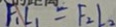
F _ { 1 } L _ { 1 } = F _ { 2 } l _ { 2 }